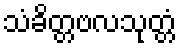
သံခိတ္တဗလသုတ္တံ